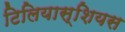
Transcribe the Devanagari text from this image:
टिलियास्शियस